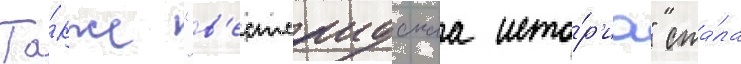
Та́кже "в'естсаидскаа исто́р'иа" ста́ла